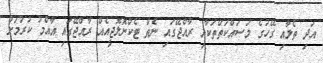
އަދި ތެލާއި ގޭހުގެ މަސައްކަތްތަކާއި ރާއްޖޭގައި ނެތް ޓެކްނޮލޮޖީއެއް ރާއްޖޭގައި އާއްމު ކުރުމަށް